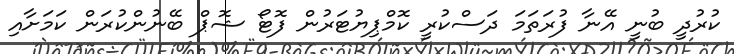
ކުރުދީ ބުނީ އޭނާ ފުރަތަމަ ދަސްކުރީ ކޮމްޕިޔުޓަރުން ފޮޓޯ ޝޮޕް ބޭނުންކުރަން ކަމަށާއި